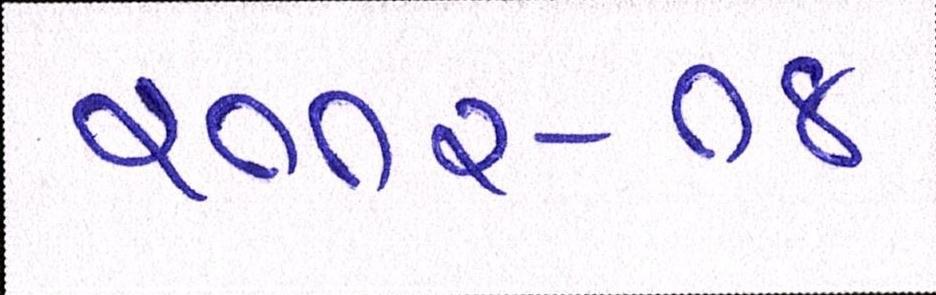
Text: ૨૦૦૨-૦૪